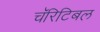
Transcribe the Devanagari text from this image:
चॅरिटिबल